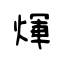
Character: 煇